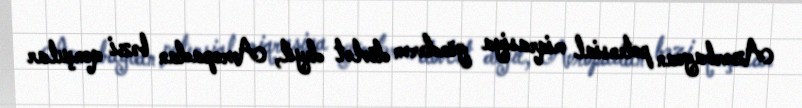
Azərbaycan potensial miqrasiya göndərən dövlət deyil, Avropadan bəzi qonşular